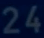
24